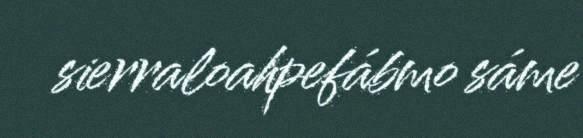
sierraloahpefábmo sáme